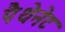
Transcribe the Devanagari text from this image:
पैथेनेट